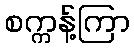
စက္ကန့်ကြာ